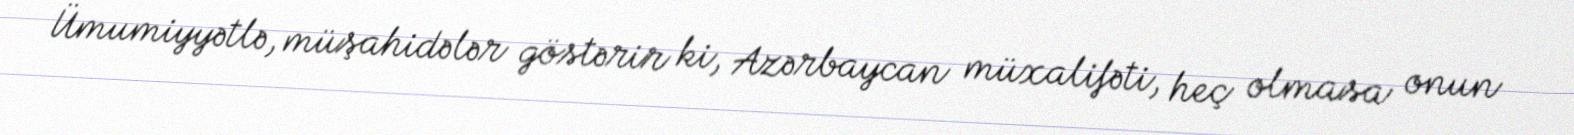
Ümumiyyətlə, müşahidələr göstərir ki, Azərbaycan müxalifəti, heç olmasa onun